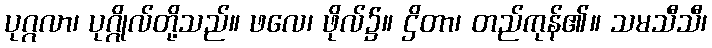
ပုဂ္ဂလာ၊ ပုဂ္ဂိုလ်တို့သည်။ ဖလေ၊ ဖိုလ်၌။ ဌိတာ၊ တည်ကုန်၏။ သမသီသီ၊